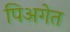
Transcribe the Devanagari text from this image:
पिअगेत